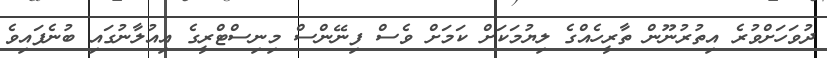
ދުވަހަށްވުރެ އިތުރުނޫން ތާރީހެއްގެ ލިޔުމަކަށް ކަމަށް ވެސް ފިނޭންސް މިނިސްޓްރީގެ އިއުލާނުގައި ބުނެފައިވެ